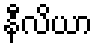
နီလိယာ